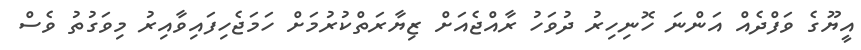
އީޔޫގެ ވަފްދެއް އަންނަ ހޮނިހިރު ދުވަހު ރާއްޖެއަށް ޒިޔާރަތްކުރުމަށް ހަމަޖެހިފައިވާއިރު މިވަގުތު ވެސް